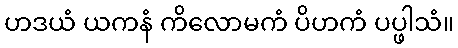
ဟဒယံ ယကနံ ကိလောမကံ ပိဟကံ ပပ္ဖါသံ။